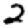
Digit: 2